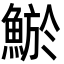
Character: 鯲